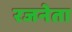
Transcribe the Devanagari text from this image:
रजनेता